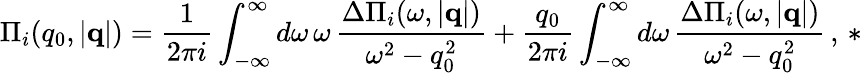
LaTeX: \Pi_{i}(q_{0},|{\mathbf q}|)={\frac{1}{2\pi i}}\int_{-\infty}^{\infty}d\omega\, \omega\, {\frac{\Delta\Pi_{i}(\omega,|{\mathbf q}|)}{\omega^{2}-q_{0}^{2}}}+{\frac{q_{0}}{2\pi i}}\int_{-\infty}^{\infty}d\omega\, {\frac{\Delta\Pi_{i}(\omega,|{\mathbf q}|)}{\omega^{2}-q_{0}^{2}}}\, ,\, *